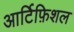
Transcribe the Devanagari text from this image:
आर्टिफ़िशल